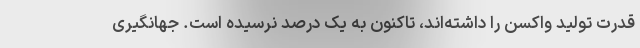
قدرت تولید واکسن را داشته‌اند، تاکنون به یک درصد نرسیده است. جهانگیری